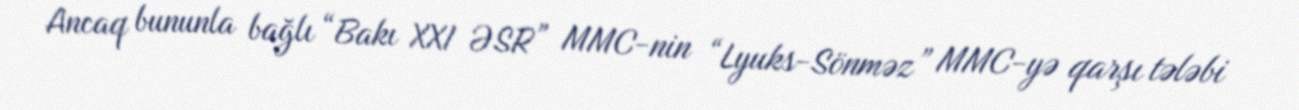
Ancaq bununla bağlı “Bakı XXI ƏSR” MMC-nin “Lyuks-Sönməz” MMC-yə qarşı tələbi